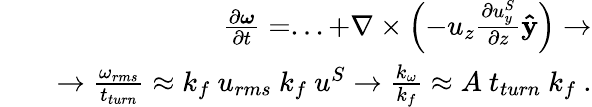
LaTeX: \begin{array}{rlr}&{}&{\frac{\partial\boldsymbol{\omega}}{\partial t}=...+\nabla\times\left(-u_{z}\frac{\partial u_{y}^{S}}{\partial z}\mathbf{\hat{y}}\right)\rightarrow}\\ &{}&{\rightarrow\frac{\omega_{rms}}{t_{turn}}\approx k_{f}~u_{rms}~k_{f}~u^{S}\rightarrow\frac{k_{\omega}}{k_{f}}\approx A~t_{turn}~k_{f}~.}\end{array}